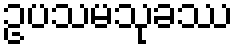
ဥပသမသုခဿ